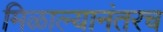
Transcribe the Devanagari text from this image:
मिळाल्यानंतरच